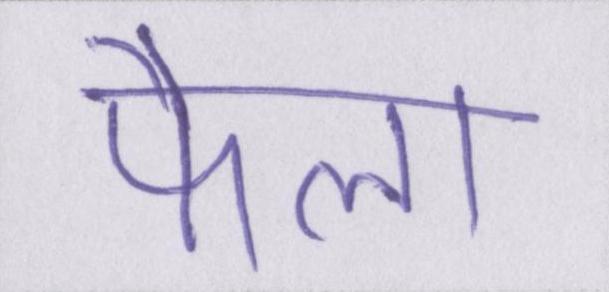
फैला